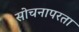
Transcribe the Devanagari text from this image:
सोचनापरता